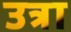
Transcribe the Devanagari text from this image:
उत्रा